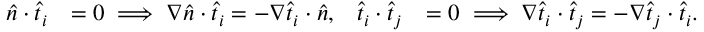
\begin{array} { r l r l } { \widehat { n } \cdot \widehat { t } _ { i } } & { = 0 \implies \nabla \widehat { n } \cdot \widehat { t } _ { i } = - \nabla \widehat { t } _ { i } \cdot \widehat { n } , } & { \widehat { t } _ { i } \cdot \widehat { t } _ { j } } & { = 0 \implies \nabla \widehat { t } _ { i } \cdot \widehat { t } _ { j } = - \nabla \widehat { t } _ { j } \cdot \widehat { t } _ { i } . } \end{array}